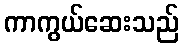
ကာကွယ်ဆေးသည်